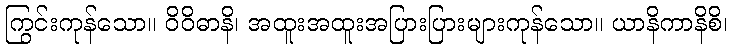
ကြွင်းကုန်သော။ ဝိဝိဓာနိ၊ အထူးအထူးအပြားပြားများကုန်သော။ ယာနိကာနိစိ၊